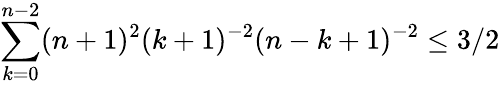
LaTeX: \sum_{k=0}^{n-2}(n+1)^{2}(k+1)^{-2}(n-k+1)^{-2}\leq 3/2